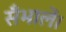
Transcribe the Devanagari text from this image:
सँभालें।